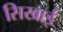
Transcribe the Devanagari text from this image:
सिखाईं